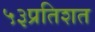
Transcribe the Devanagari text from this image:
५३प्रतिशत